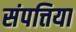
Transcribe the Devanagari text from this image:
संपत्तिया